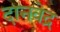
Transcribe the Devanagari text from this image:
दानवेद्र